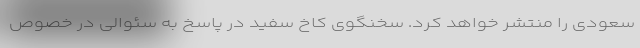
سعودی را منتشر خواهد کرد. سخنگوی کاخ سفید در پاسخ به سئوالی در خصوص